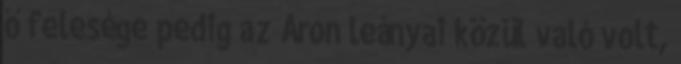
ő felesége pedig az Áron leányai közül való volt,